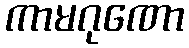
ကာမဂုဏော